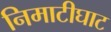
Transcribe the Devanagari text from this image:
निमाटीघाट